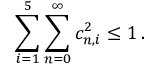
\sum _ { i = 1 } ^ { 5 } \sum _ { n = 0 } ^ { \infty } c _ { n , i } ^ { 2 } \leq 1 \, .